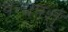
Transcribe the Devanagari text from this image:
वन्यपशु